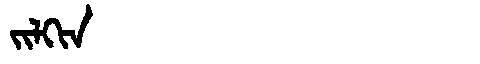
Manchu: ᠵᡳᠯᡴᡳᠨ
Romanization: JILKIN